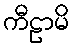
ကီဠာမိ